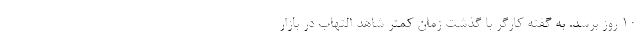
10 روز برسد. به گفته کارگر با گذشت زمان کمتر شاهد التهاب در بازار